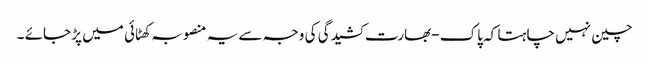
چین نہیں چاہتا کہ پاک -بھارت کشیدگی کی وجہ سے یہ منصوبہ کھٹائی میں پڑ جائے ۔